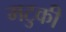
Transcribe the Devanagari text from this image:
मटुकी